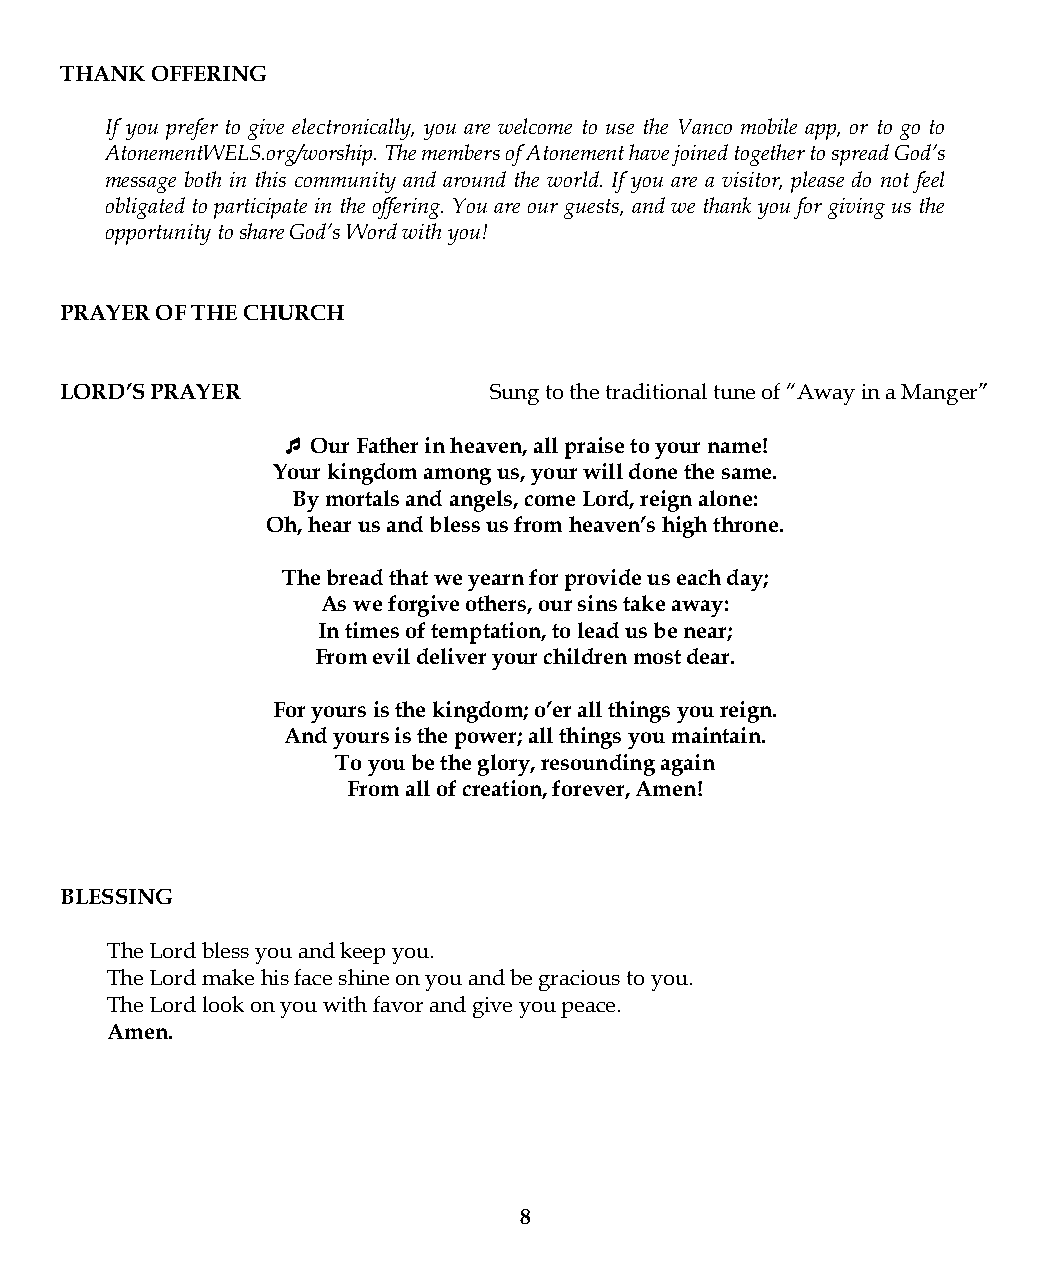
THANK OFFERING
 If you prefer to give electronically, you are welcome to use the Vanco mobile app, or to go to
 AtonementWELS.org/worship. The members of Atonement have joined together to spread God’s
 message both in this community and around the world. If you are a visitor, please do not feel
 obligated to participate in the offering. You are our guests, and we thank you for giving us the
 opportunity to share God’s Word with you!
 PRAYER OF THE CHURCH
 LORD’S PRAYER               Sung to the traditional tune of “Away in a Manger”
  Our Father in heaven, all praise to your name!
 Your kingdom among us, your will done the same.
 By mortals and angels, come Lord, reign alone:
 Oh, hear us and bless us from heaven’s high throne.
 The bread that we yearn for provide us each day;
 As we forgive others, our sins take away:
 In times of temptation, to lead us be near;
 From evil deliver your children most dear.
 For yours is the kingdom; o’er all things you reign.
 And yours is the power; all things you maintain.
 To you be the glory, resounding again
 From all of creation, forever, Amen!
 BLESSING
 The Lord bless you and keep you.
 The Lord make his face shine on you and be gracious to you.
 The Lord look on you with favor and give you peace.
 Amen.
 8